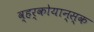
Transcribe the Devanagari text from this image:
व्हर्कोयान्स्क